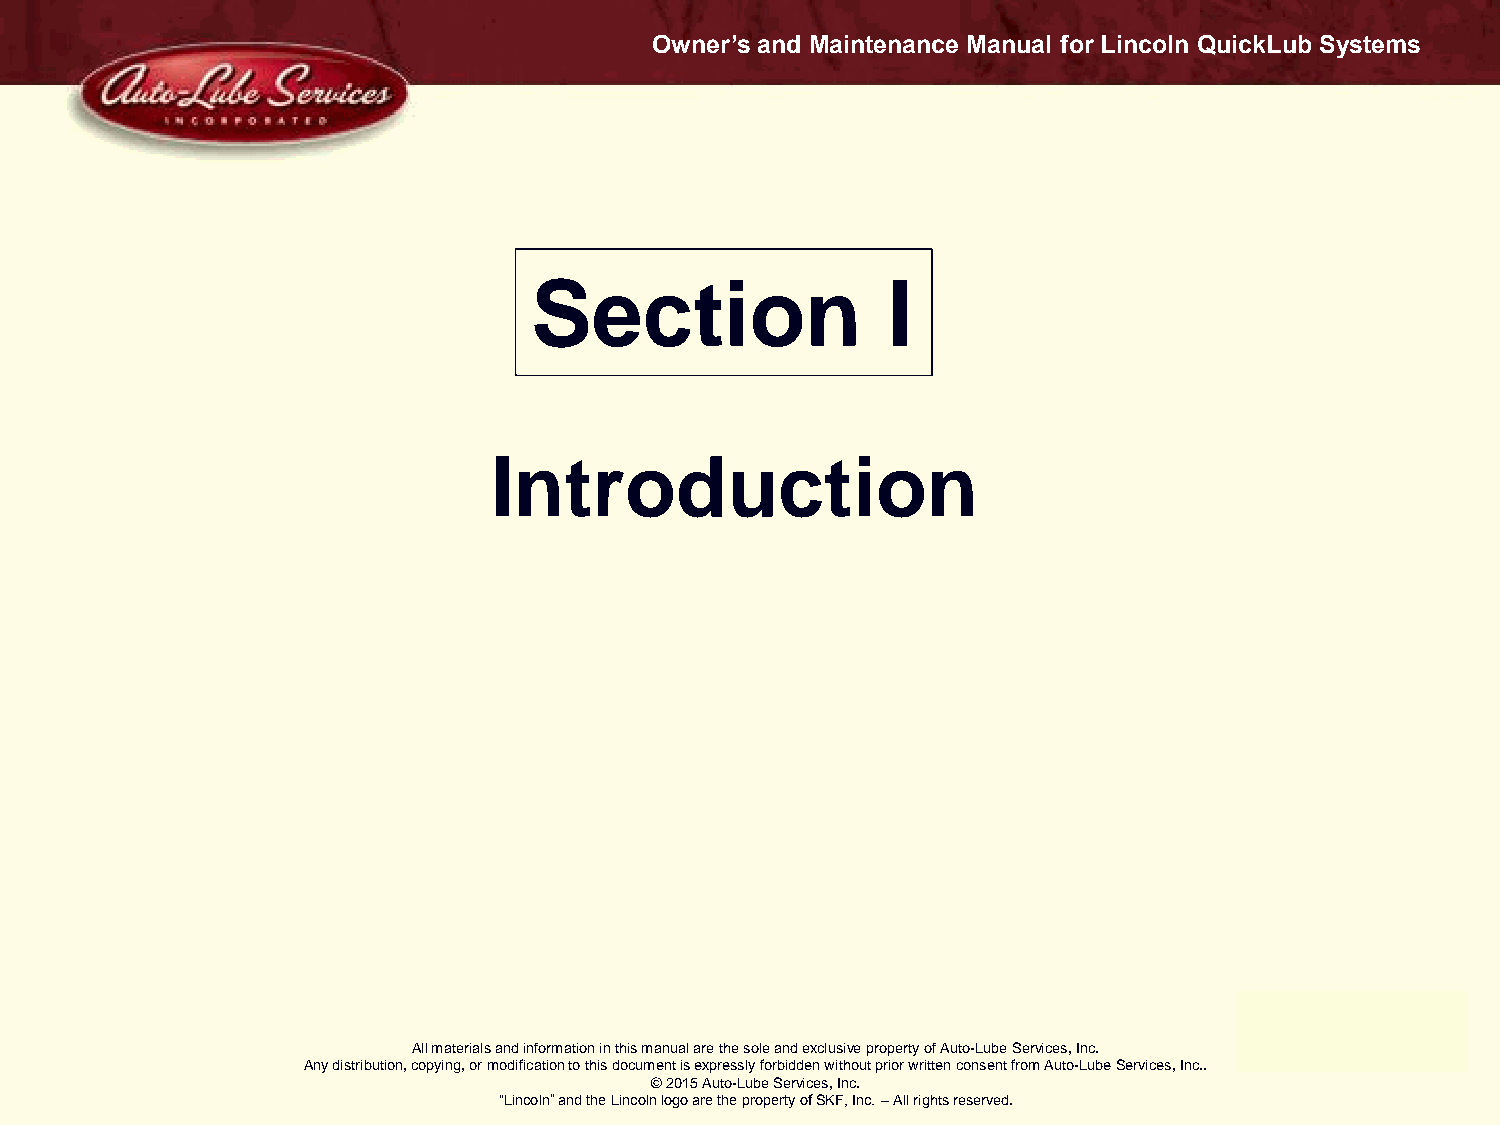
Owner’s and Maintenance Manual for Lincoln QuickLub Systems
 Section                 I
 Introduction
 All materials and information in this manual are the sole and exclusive property of Auto-Lube Services, Inc.
 Any distribution, copying, or modification to this document is expressly forbidden without prior written consent from Auto-Lube Services, Inc..
 © 2015 Auto-Lube Services, Inc.
 “Lincoln” and the Lincoln logo are the property of SKF, Inc. – All rights reserved.